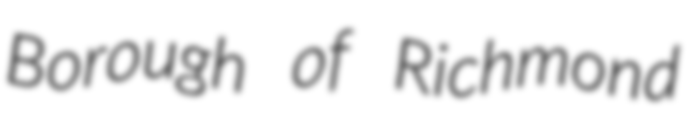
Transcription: Borough of Richmond